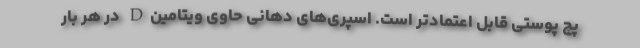
پچ پوستی قابل اعتمادتر است. اسپری‌های دهانی حاوی ویتامینD در هر بار